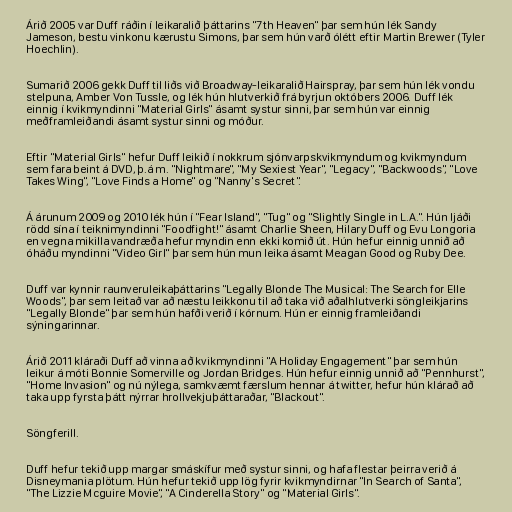
Árið 2005 var Duff ráðin í leikaralið þáttarins "7th Heaven" þar sem hún lék Sandy
Jameson, bestu vinkonu kærustu Simons, þar sem hún varð ólétt eftir Martin Brewer (Tyler
Hoechlin).

Sumarið 2006 gekk Duff til liðs við Broadway-leikaralið Hairspray, þar sem hún lék vondu
stelpuna, Amber Von Tussle, og lék hún hlutverkið frá byrjun októbers 2006. Duff lék
einnig í kvikmyndinni "Material Girls" ásamt systur sinni, þar sem hún var einnig
meðframleiðandi ásamt systur sinni og móður.

Eftir "Material Girls" hefur Duff leikið í nokkrum sjónvarpskvikmyndum og kvikmyndum
sem fara beint á DVD, þ.á m. "Nightmare", "My Sexiest Year", "Legacy", "Backwoods", "Love
Takes Wing", "Love Finds a Home" og "Nanny's Secret".

Á árunum 2009 og 2010 lék hún í "Fear Island", "Tug" og "Slightly Single in L.A.". Hún ljáði
rödd sína í teiknimyndinni "Foodfight!" ásamt Charlie Sheen, Hilary Duff og Evu Longoria
en vegna mikilla vandræða hefur myndin enn ekki komið út. Hún hefur einnig unnið að
óháðu myndinni "Video Girl" þar sem hún mun leika ásamt Meagan Good og Ruby Dee.

Duff var kynnir raunveruleikaþáttarins "Legally Blonde The Musical: The Search for Elle
Woods", þar sem leitað var að næstu leikkonu til að taka við aðalhlutverki söngleikjarins
"Legally Blonde" þar sem hún hafði verið í kórnum. Hún er einnig framleiðandi
sýningarinnar.

Árið 2011 kláraði Duff að vinna að kvikmyndinni "A Holiday Engagement" þar sem hún
leikur á móti Bonnie Somerville og Jordan Bridges. Hún hefur einnig unnið að "Pennhurst",
"Home Invasion" og nú nýlega, samkvæmt færslum hennar á twitter, hefur hún klárað að
taka upp fyrsta þátt nýrrar hrollvekjuþáttaraðar, "Blackout".

Söngferill.

Duff hefur tekið upp margar smáskífur með systur sinni, og hafa flestar þeirra verið á
Disneymania plötum. Hún hefur tekið upp lög fyrir kvikmyndirnar "In Search of Santa",
"The Lizzie Mcguire Movie", "A Cinderella Story" og "Material Girls".